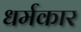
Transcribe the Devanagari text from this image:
धर्मकार